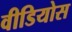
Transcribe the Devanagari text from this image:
वीडियोस